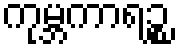
ကုမ္ဘကာရဉ္စ